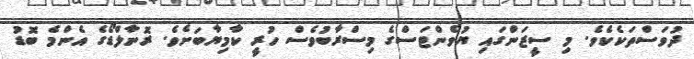
ދުވަސްތަކެކެވެ. މި ސީޒަންގައި ޔުވެންޓަސްގެ މިސްރާބުވެސް ހުރީ ކާމިޔާބަށެވެ. ރޮނާލްޑޯގެ އެންމެ ބޮޑު